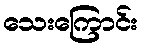
သေးကြောင်း